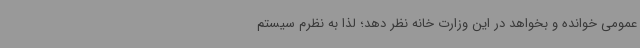
عمومی خوانده و بخواهد در این وزارت خانه نظر دهد؛ لذا به نظرم سیستم